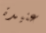
عنيدة